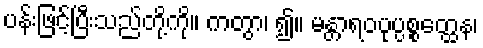
ပန်းဖြင့်ပြီးသည်တို့ကို။ ကတွာ၊ ၍။ မန္တာရဝပုပ္ပစ္စတ္ထေန၊